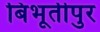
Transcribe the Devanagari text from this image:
बिभूतीपुर